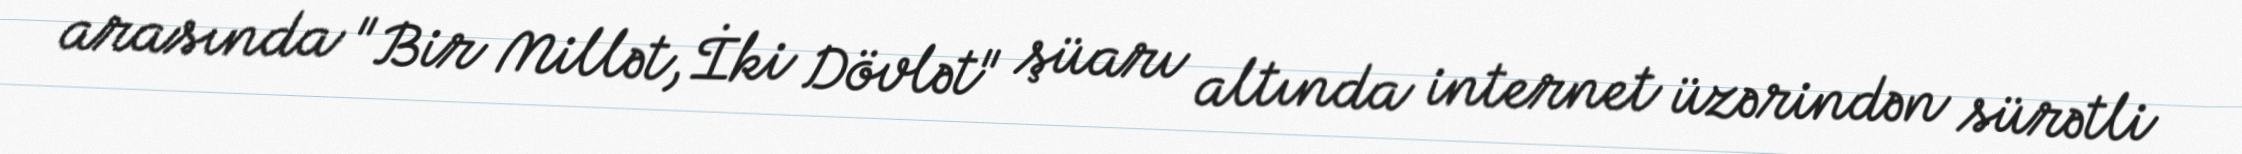
arasında "Bir Millət, İki Dövlət" şüarı altında internet üzərindən sürətli